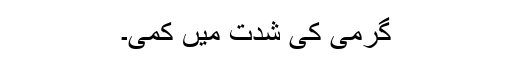
گرمی کی شدت میں کمی۔